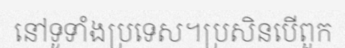
នៅទូទាំងប្រទេស។ប្រសិនបើពួក